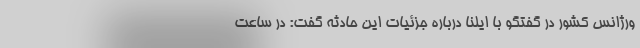
ورژانس کشور در گفتگو با ایلنا درباره جزئیات این حادثه گفت: در ساعت